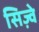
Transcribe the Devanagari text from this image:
सिज़्वे